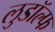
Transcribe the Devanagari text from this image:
लुडॉल्फ